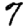
Digit: 7